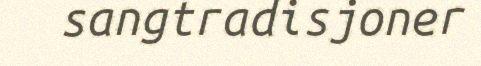
sangtradisjoner